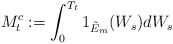
\begin{align*}M^c_t:=\int_0^{T_t} 1_{\tilde{E}_m}(W_s)dW_s\end{align*}